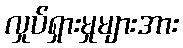
လှုပ်ရှားမှုများအား